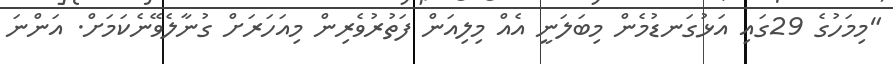
"މިމަހުގެ 29ގައި އަޅުގަނޑުމެން މިބަލަނީ އެއް މިލިއަން ފަތުރުވެރިން މިއަހަރަށް ގުނާލެވޭނެކަމަށް. އަންނަ